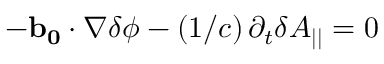
- \mathbf { b _ { 0 } } \cdot \nabla \delta \phi - \left( 1 / c \right) \partial _ { t } \delta A _ { | | } = 0